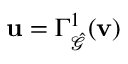
\mathbf { u } = \Gamma _ { \hat { \mathcal { G } } } ^ { 1 } ( \mathbf { v } )